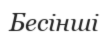
Бесінші